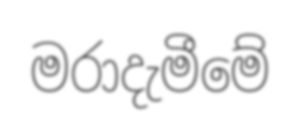
මරාදැමීමේ